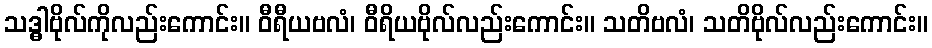
သဒ္ဓါဗိုလ်ကိုလည်းကောင်း။ ဝီရီယဗလံ၊ ဝီရိယဗိုလ်လည်းကောင်း။ သတိဗလံ၊ သတိဗိုလ်လည်းကောင်း။